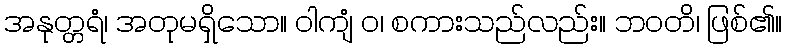
အနုတ္တရံ၊ အတုမရှိသော။ ဝါကျံ ဝ၊ စကားသည်လည်း။ ဘဝတိ၊ ဖြစ်၏။